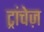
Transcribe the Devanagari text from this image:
ट्रांचेज़